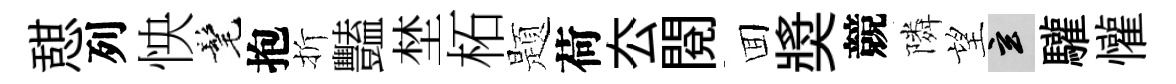
憇列怏髦抱折豔埜柘题荷厺閲囬奬競隣望玄驩懽